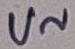
Text: U~